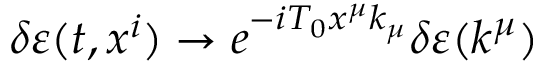
\delta \varepsilon ( t , x ^ { i } ) \to e ^ { - i T _ { 0 } x ^ { \mu } k _ { \mu } } \delta \varepsilon ( k ^ { \mu } )